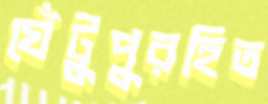
ঘেঁটুপুরহিত